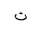
Letter: _ta